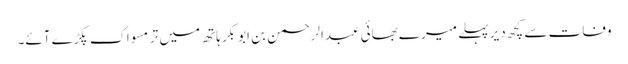
وفات سے کچھ دیر پہلے میرے بھائی عبدالرحمن بن ابوبکر ہاتھ میں تر مسواک پکڑے آئے۔